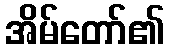
အိမ်တော်၏